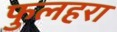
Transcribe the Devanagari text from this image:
फुलहरा